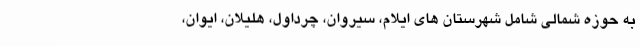
به حوزه شمالی شامل شهرستان های ایلام، سیروان، چرداول، هلیلان، ایوان،